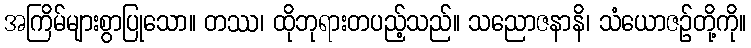
အကြိမ်များစွာပြုသော။ တဿ၊ ထိုဘုရားတပည့်သည်။ သညောဇနာနိ၊ သံယောဇဉ်တို့ကို။